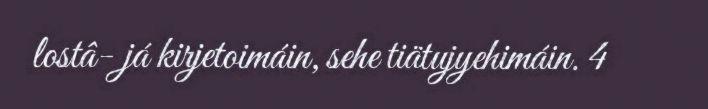
lostâ- já kirjetoimáin, sehe tiätujyehimáin. 4